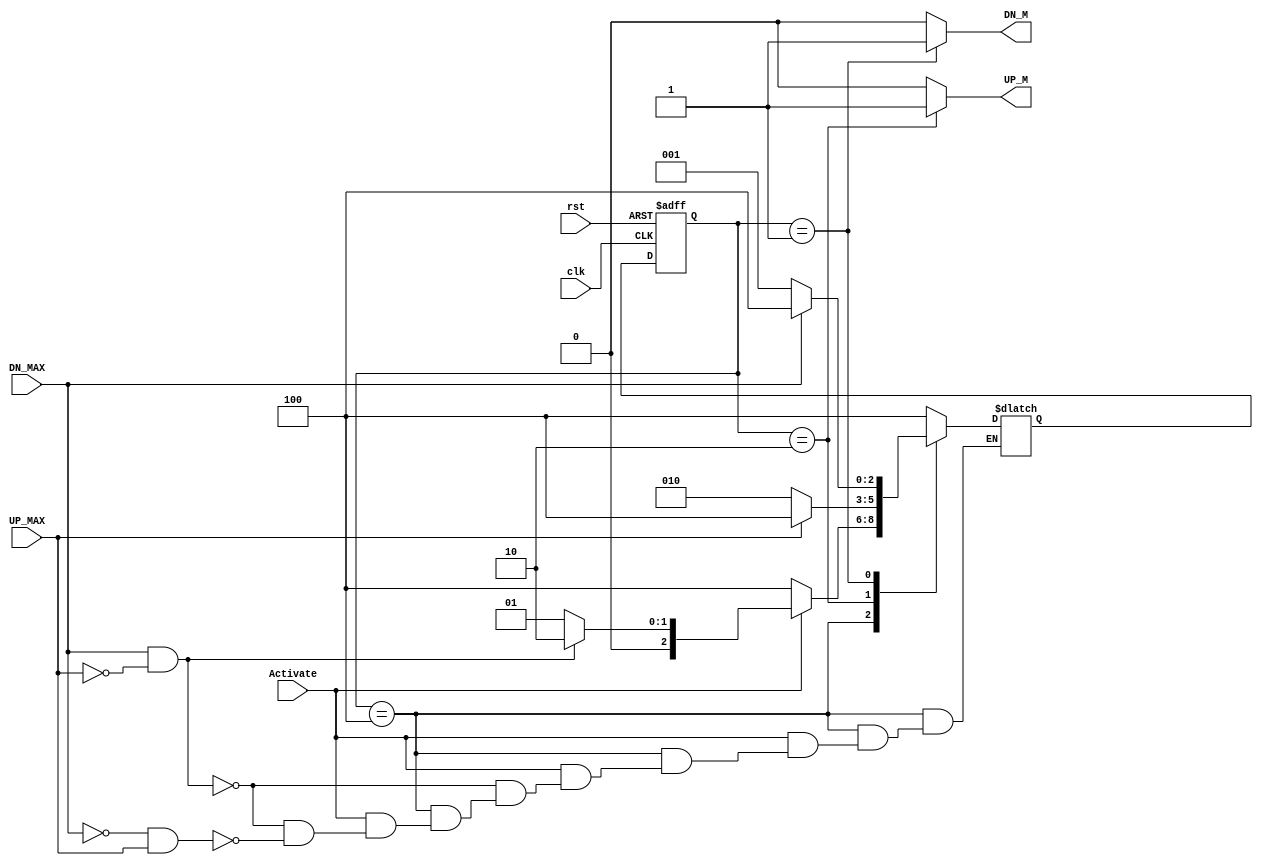
module garage_FSM #(
    parameter 
    IDLE =3'b100,
    Mv_UP=3'b010,
    Mv_Dn=3'b001
) (
    input UP_MAX,DN_MAX,
          Activate,

    input clk,rst,

    output reg UP_M, DN_M
);

reg[2:0] present_state;

reg[2:0] next_state;

always @(posedge clk or negedge rst) begin
    if (rst) begin
        present_state<=next_state;
    end

    else
    present_state<=IDLE;
    
end


always @(*) begin

    case (present_state)
        IDLE:
        begin
            UP_M=0;
            DN_M=0;
            if(!Activate)
            begin
                next_state=IDLE;
                
            end

            else
            begin
                if(DN_MAX && !UP_MAX)
                  begin
                    next_state=Mv_UP;
                    
                  end
                
                else if( !DN_MAX && UP_MAX )
                begin
                    next_state=Mv_Dn;
                    
                end
            end
        end

        Mv_UP:
        begin
            UP_M=1;
            DN_M=0;
            if(UP_MAX)
            begin
                
                next_state=IDLE;
            end

            else
            begin
                
                next_state=Mv_UP;
            end

        end

        Mv_Dn:
        begin
            UP_M=0;
            DN_M=1;
            if(DN_MAX)
            begin
                
                next_state=IDLE;
            end

            else
            begin
                
                next_state=Mv_Dn;
            end
        end

        default: 
        begin
            next_state=IDLE;
            UP_M=0;
            DN_M=0;
        end
    endcase
    
end


endmodule